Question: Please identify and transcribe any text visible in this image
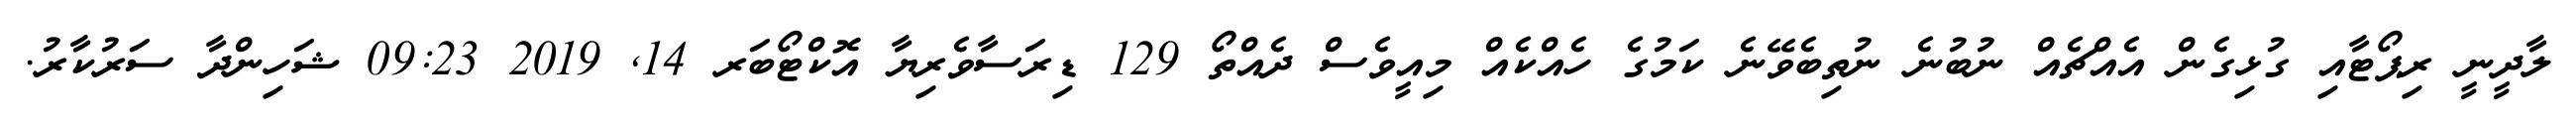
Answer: ލާދީނީ ރިޕޯޓާއި ގުޅިގެން އެއްޗެއް ނުބުނެ ނުތިބެވޭނެ ކަމުގެ ހެއްކެއް މިއީވެސް ދެއްތޯ 129 ޑިރަސާވެރިޔާ އޮކްޓޯބަރ 14, 2019 09:23 ޝަހިންދާ ސަރުކާރު.